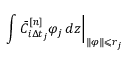
\left. \int \bar { C } _ { i \Delta t _ { j } } ^ { [ n ] } \varphi _ { j } \mathop { } \! { d { z } } \right| _ { \| \varphi \| \leqslant r _ { j } }